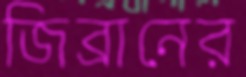
জিব্রানের